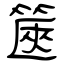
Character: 篋